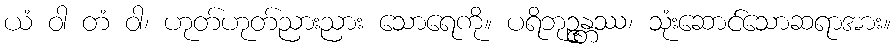
ယံ ဝါ တံ ဝါ၊ ဟုတ်ဟုတ်ညားညား သောရေကို။ ပရိဘုဉ္ဇန္တဿ၊ သုံးဆောင်သောဆရာအား။